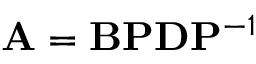
\mathbf { A } = \mathbf { B } \mathbf { P } \mathbf { D } \mathbf { P } ^ { - 1 }